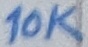
Text: 10K